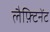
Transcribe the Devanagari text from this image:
लैफ़्टिनेंट